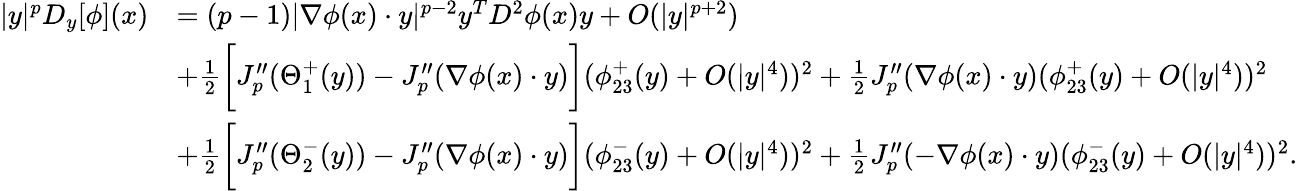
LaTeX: \begin{array}{rl}{|y|^{p}D_{y}[\phi](x)}&{=(p-1)|\nabla\phi(x)\cdot y|^{p-2}y^{T}D^{2}\phi(x)y+O(|y|^{p+2})}\\ &{+\frac{1}{2}\bigg[J_{p}^{\prime\prime}(\Theta_{1}^{+}(y))-J_{p}^{\prime\prime}(\nabla\phi(x)\cdot y)\bigg](\phi_{23}^{+}(y)+O(|y|^{4}))^{2}+\frac{1}{2}J_{p}^{\prime\prime}(\nabla\phi(x)\cdot y)(\phi_{23}^{+}(y)+O(|y|^{4}))^{2}}\\ &{+\frac{1}{2}\bigg[J_{p}^{\prime\prime}(\Theta_{2}^{-}(y))-J_{p}^{\prime\prime}(\nabla\phi(x)\cdot y)\bigg](\phi_{23}^{-}(y)+O(|y|^{4}))^{2}+\frac{1}{2}J_{p}^{\prime\prime}(-\nabla\phi(x)\cdot y)(\phi_{23}^{-}(y)+O(|y|^{4}))^{2}.}\end{array}